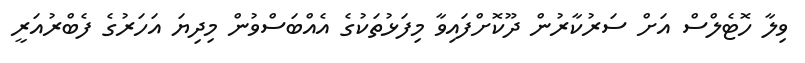
ވިލާ ހޮޓެލްސް އަށް ސަރުކާރުން ދޫކޮށްފައިވާ މިފަޅުތަކުގެ އެއްބަސްވުން މިދިޔަ އަހަރުގެ ފެބްރުއަރީ